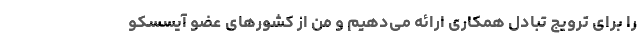
را برای ترویج تبادل همکاری ارائه می‌دهیم و من از کشورهای عضو آیسسکو